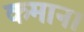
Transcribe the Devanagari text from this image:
कमान।